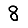
Digit: 8